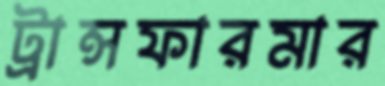
ট্রান্সফারমার